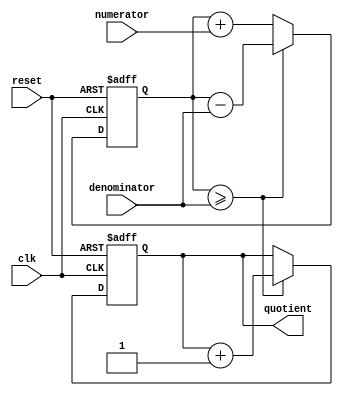
module divider(
    input wire clk,
    input wire reset,
    input wire [7:0] numerator,
    input wire [7:0] denominator,
    output reg [7:0] quotient
);

reg [7:0] remainder;
reg [7:0] current_result;

always @(posedge clk or posedge reset) begin
    if (reset) begin
        quotient <= 0;
        remainder <= 0;
        current_result <= 0;
    end else begin
        current_result <= current_result + numerator;
        if(current_result >= denominator) begin
            quotient <= quotient + 1;
            current_result <= current_result - denominator;
        end
    end
end

endmodule